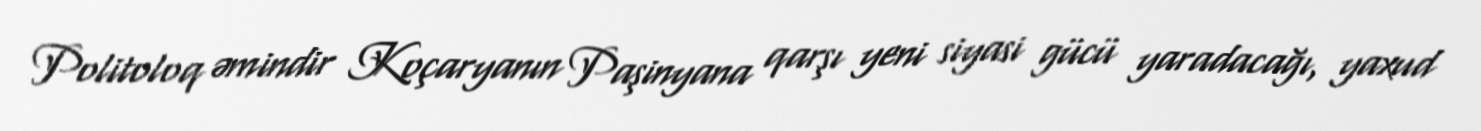
Politoloq əmindir Koçaryanın Paşinyana qarşı yeni siyasi gücü yaradacağı, yaxud